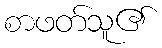
စာဖတ်သူ၏